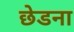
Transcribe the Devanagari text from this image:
छेडना